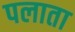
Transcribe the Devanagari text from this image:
पलाता